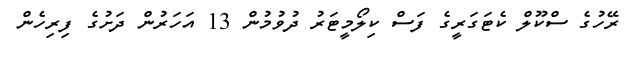
ރޭހުގެ ސްކޫލް ކެޓަގަރީގެ ފަސް ކިލޯމީޓަރު ދުވުމުން 13 އަހަރުން ދަށުގެ ފިރިހެން